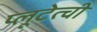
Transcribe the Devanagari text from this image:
प्लूटेत्ची